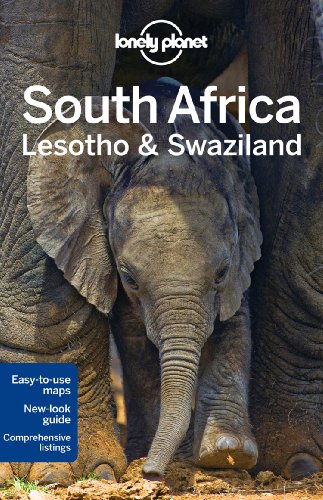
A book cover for Lonely Planet South Africa, Lesotho & Swaziland (Travel Guide); Lonely Planet; Travel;